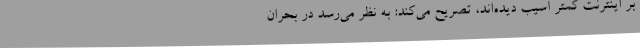
بر اینترنت کمتر آسیب دیده‌اند، تصریح می‌کند: به نظر می‌رسد در بحران